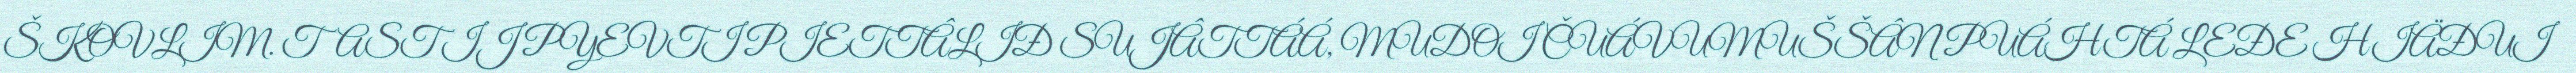
ŠKOVLIM. TAST IJ PYEVTI PIETTÂLIĐ SUJÂTTÁÁ, MUDOI ČUÁVUMUŠŠÂN PUÁHTÁ LEĐE HIÄĐUI